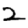
Digit: 2